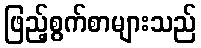
ဖြည့်စွက်စာများသည်